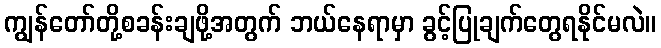
ကျွန်တော်တို့စခန်းချဖို့အတွက် ဘယ်နေရာမှာ ခွင့်ပြုချက်တွေရနိုင်မလဲ။